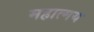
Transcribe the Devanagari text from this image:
महात्‍मय